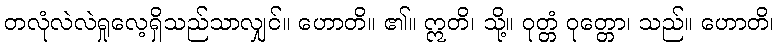
တလုံလဲလဲရှုလေ့ရှိသည်သာလျှင်။ ဟောတိ။ ၏။ ဣတိ၊ သို့။ ဝုတ္တံ ဝုတ္တော၊ သည်။ ဟောတိ၊